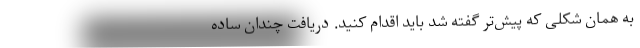
به همان شکلی که پیش‌تر گفته شد باید اقدام کنید. دریافت چندان ساده